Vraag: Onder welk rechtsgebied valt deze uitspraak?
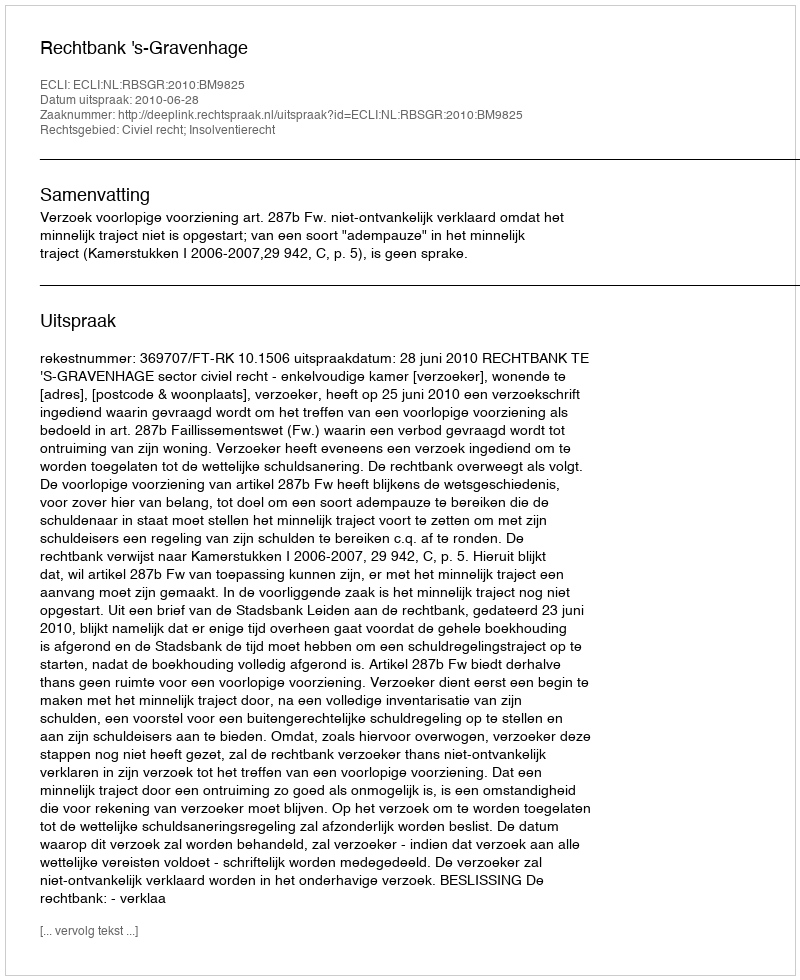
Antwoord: Civiel recht; Insolventierecht